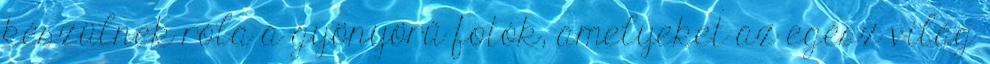
készülnek róla a gyönyörű fotók, amelyeket az egész világ